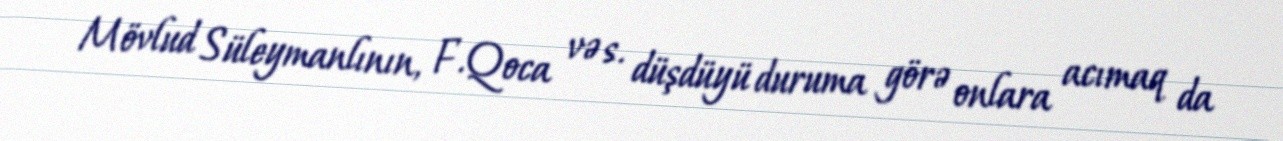
Mövlud Süleymanlının, F.Qoca və s. düşdüyü duruma görə onlara acımaq da